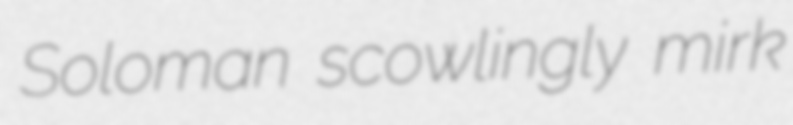
Soloman scowlingly mirk